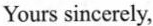
Yours sincerely，